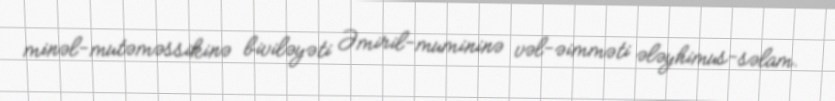
minəl-mutəməssikinə biviləyəti Əmiril-mumininə vəl-əimməti ələyhimus-səlam.